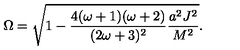
\Omega = \sqrt { 1 - \frac { 4 ( \omega + 1 ) ( \omega + 2 ) } { ( 2 \omega + 3 ) ^ { 2 } } \frac { a ^ { 2 } J ^ { 2 } } { M ^ { 2 } } } .